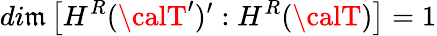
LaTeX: di\mathfrak{m}\left[H^{R}({\calT}^{\prime})^{\prime}:H^{R}({\calT})\right]=1